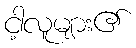
ငါ့လူများ၏